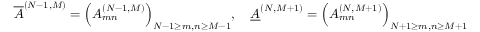
\overline { { { A } } } ^ { ( N - 1 , M ) } = \Bigl ( A _ { m n } ^ { ( N - 1 , M ) } \Bigr ) _ { N - 1 \ge m , n \ge M - 1 } , \quad \underline { { { A } } } ^ { ( N , M + 1 ) } = \Bigl ( A _ { m n } ^ { ( N , M + 1 ) } \Bigr ) _ { N + 1 \ge m , n \ge M + 1 } .